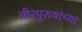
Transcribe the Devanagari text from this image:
वीरपुरुषांच्या